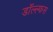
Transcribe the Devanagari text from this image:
डॉल्ल्फस